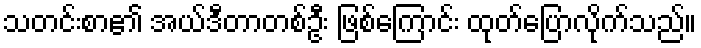
သတင်းစာ၏ အယ်ဒီတာတစ်ဦး ဖြစ်ကြောင်း ထုတ်ပြောလိုက်သည်။